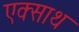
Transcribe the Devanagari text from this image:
एक्साथ